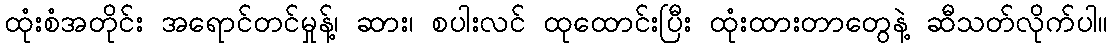
ထုံးစံအတိုင်း အရောင်တင်မှုန့်၊ ဆား၊ စပါးလင် ထုထောင်းပြီး ထုံးထားတာတွေနဲ့ ဆီသတ်လိုက်ပါ။